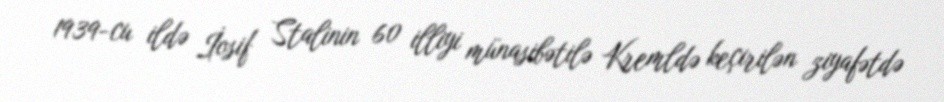
1939-cu ildə İosif Stalinin 60 illiyi münasibətilə Kremldə keçirilən ziyafətdə